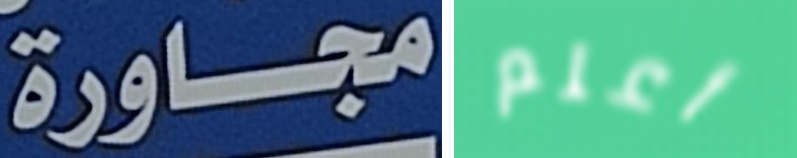
مجاورة أعلم